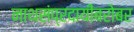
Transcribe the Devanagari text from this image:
नाथसंप्रदायींबरोबर